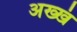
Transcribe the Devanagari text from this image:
अख्खं